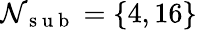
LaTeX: \mathcal{N}_{\mathrm{{~s~u~b~}}}=\{ 4,16\}